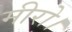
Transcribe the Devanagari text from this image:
मीरो।